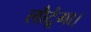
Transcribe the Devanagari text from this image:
लौटूंगा।